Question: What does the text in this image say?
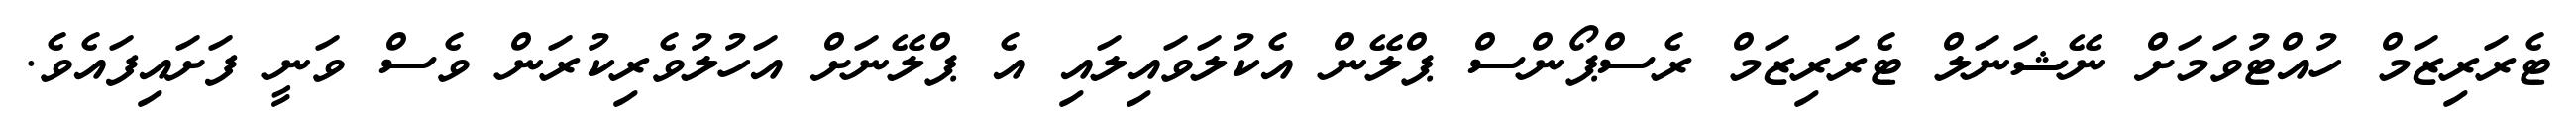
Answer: ޓެރަރިޒަމް ހުއްޓުވަމަށް ނޭޝަނަލް ޓެރަރިޒަމް ރެސްޕޯންސް ޕްލޭން އެކުލަވައިލައި އެ ޕްލޭނަށް އަހުލުވެރިކުރަން ވެސް ވަނީ ފަށައިފައެވެ.